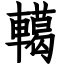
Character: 轕